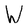
Character: W